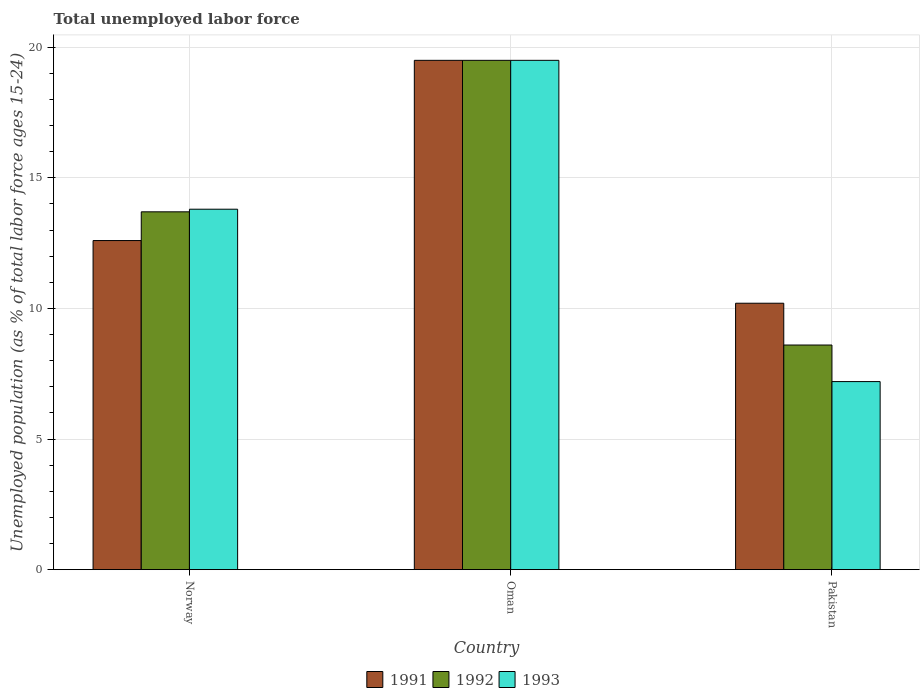
| Country | 1991 | 1992 | 1993 |
 | --- | --- | --- | --- |
 | Norway | 12.6 | 13.7 | 13.8 |
 | Oman | 19.5 | 19.5 | 19.5 |
 | Pakistan | 10.2 | 8.6 | 7.2 |